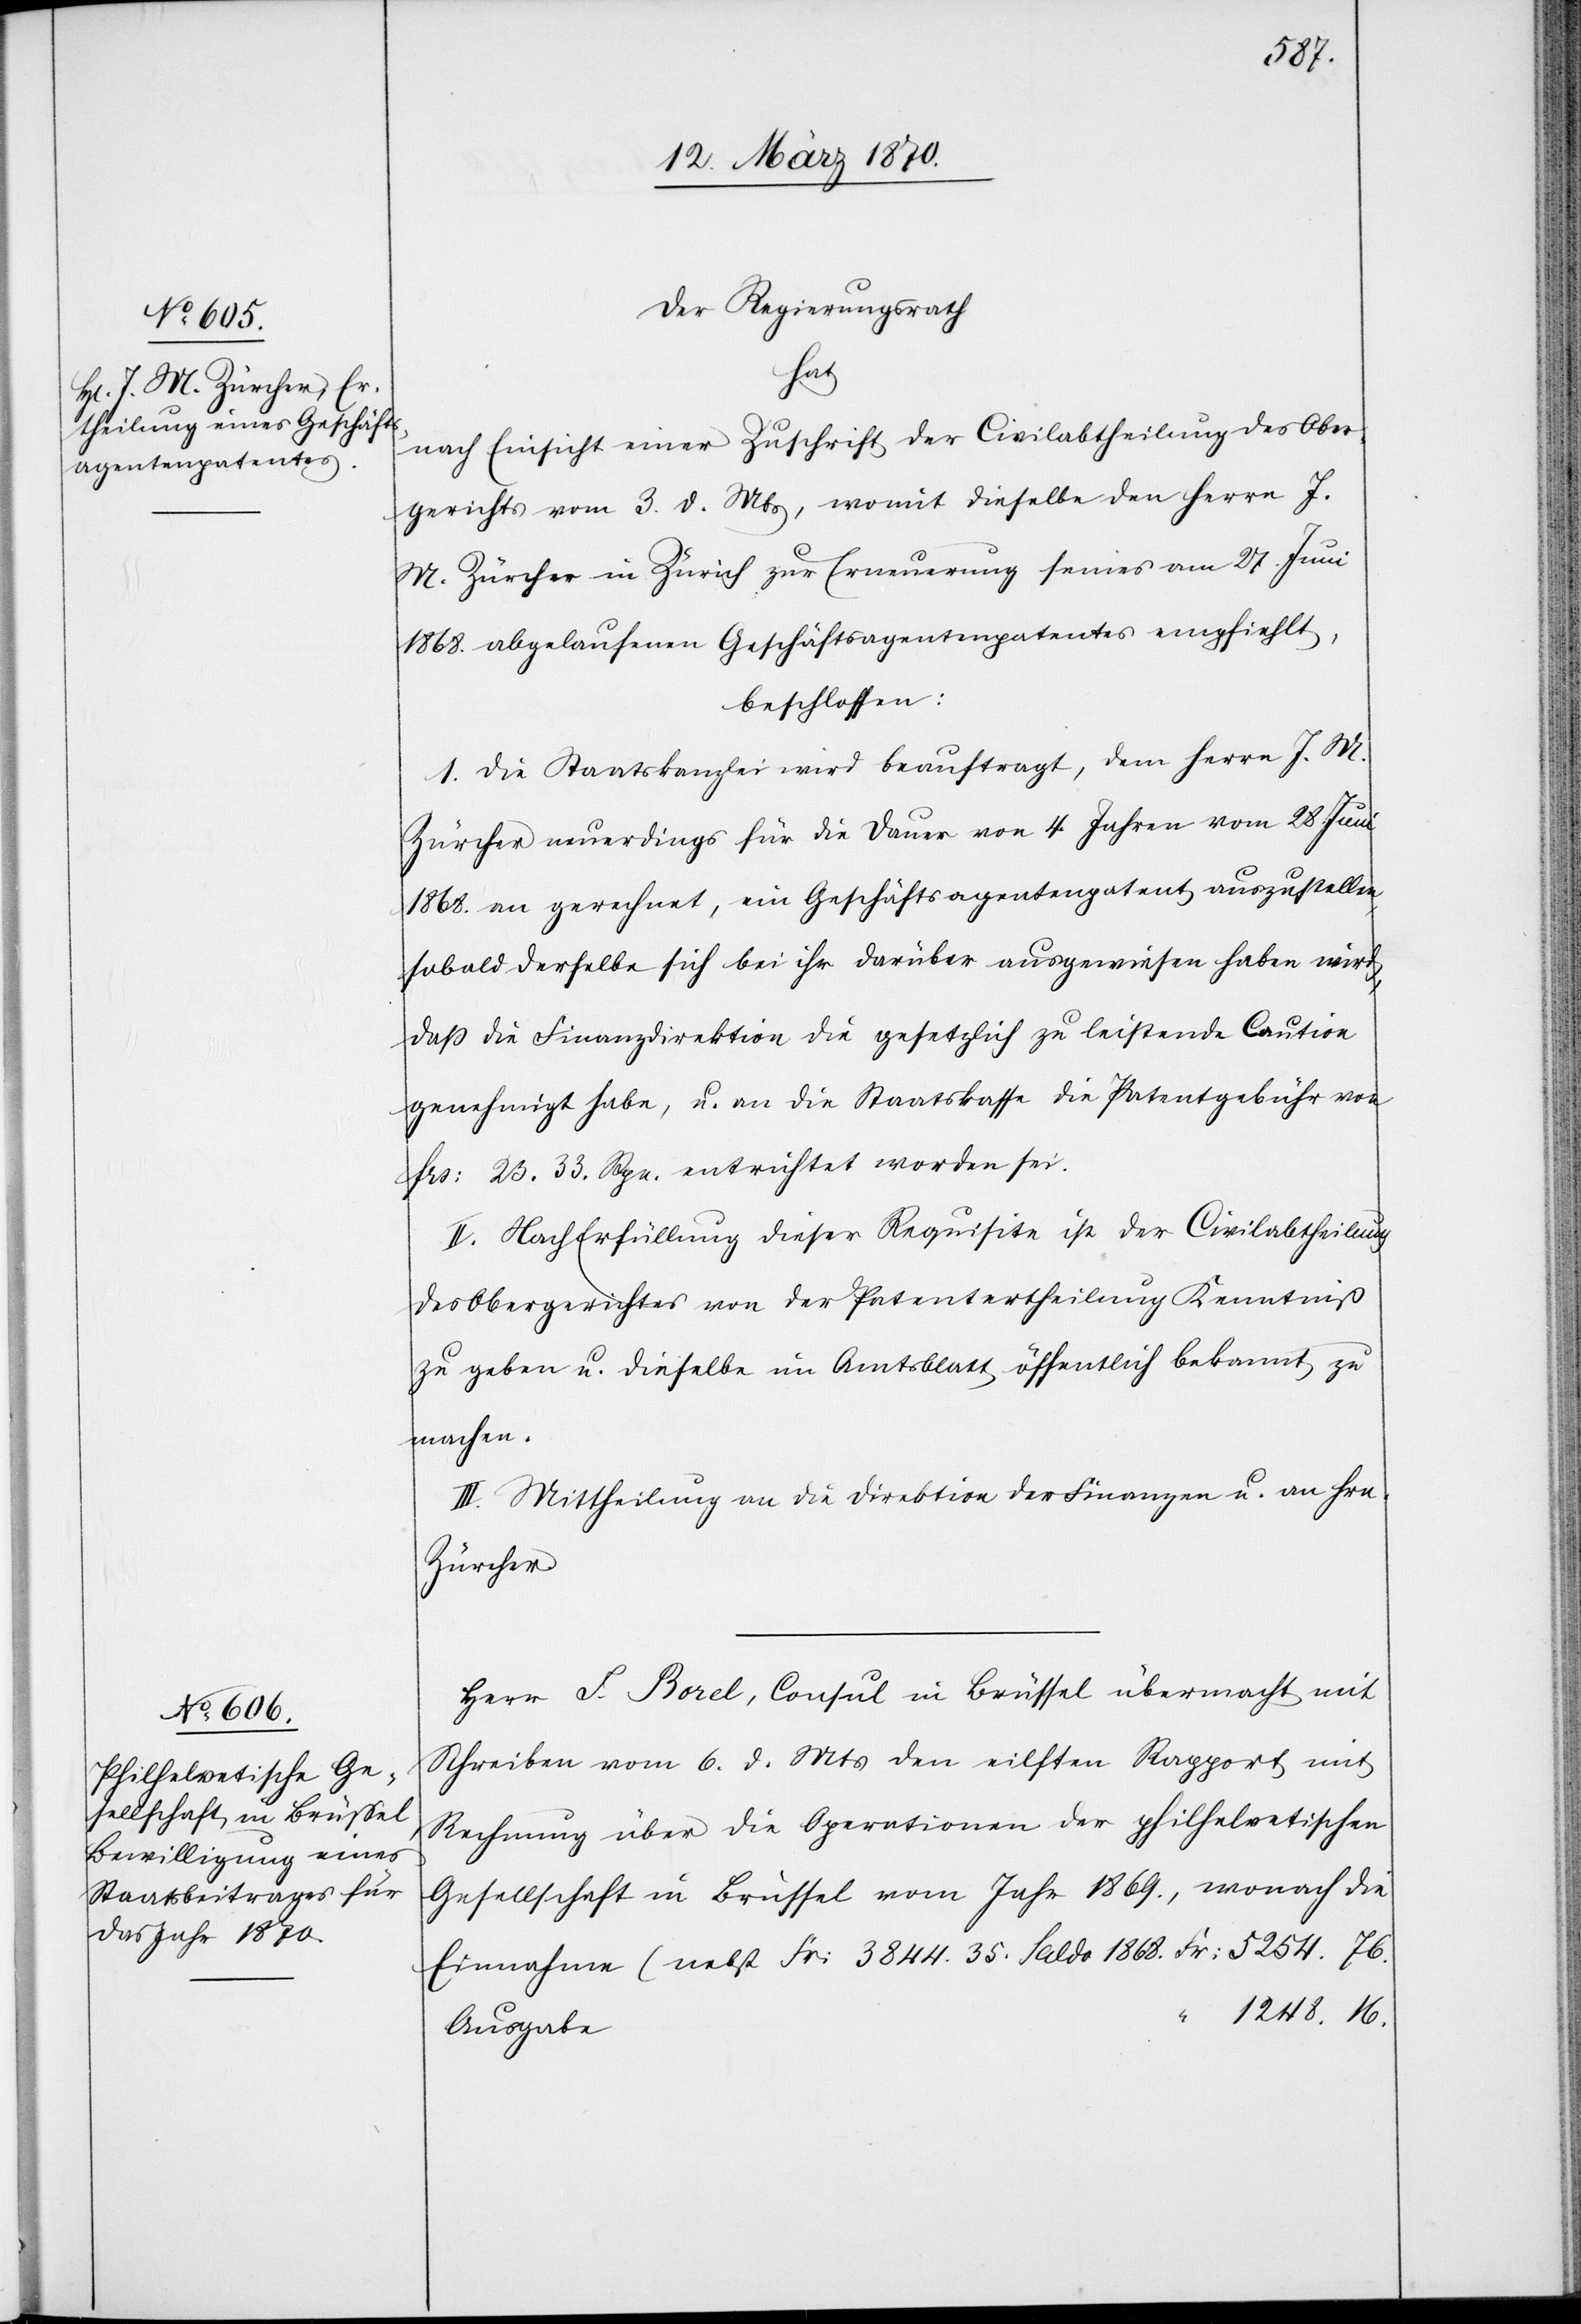
Der Regierungsrath
hat
nach Einsicht einer Zuschrift der Civilabtheilung des Ober¬
gerichts vom 3. d. Mts, womit dieselbe den Herrn J.
M. Zürcher in Zürich zur Erneuerung seines am 27. Juni
1868. abgelaufenen Geschäftsagentenpatentes empfiehlt,
beschlossen:
1. Die Staatskanzlei wird beauftragt, dem Herrn J. M.
Zürcher neuerdings für die Dauer von 4. Jahren vom 28 Juni
1868. an gerechnet, ein Geschäftsagentenpatent auszustellen,
sobald derselbe sich bei ihr darüber ausgewiesen haben wird,
daß die Finanzdirektion die gesetzlich zu leistende Caution
genehmigt habe, u. an die Staatskasse die Patentgebühr von
frs: 23. 33. Rpn. entrichtet worden sei.
II. Nach Erfüllung dieser Requisite ist der Civilabtheilung
des Obergerichtes von der Patentertheilung Kenntniß
zu geben u. dieselbe im Amtsblatt öffentlich bekannt zu
machen.
III. Mittheilung an die Direktion der Finanzen u. an Hrn.
Zürcher.
Herr F. Borel, Consul in Brüssel übermacht mit
Schreiben vom 6. d. Mts den eilften Rapport mit
Rechnung über die Operationen der philhelvetischen
Gesellschaft in Brüssel vom Jahr 1869., wonach die
Einnahme nebst Fr: 3844.35. Saldo 1868. [)]
Ausgabe